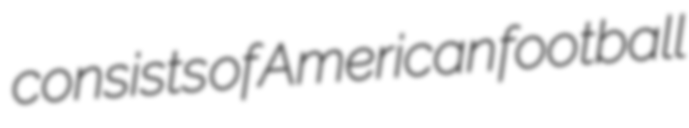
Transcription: consists of American football